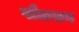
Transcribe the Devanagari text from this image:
पौलसन